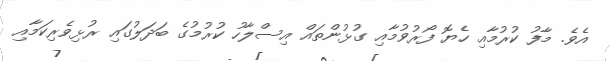
އެވެ. މާފު ކުރުމާއި ހެޔޮ ފޯރުވުމާއި ގުޅުންތައް އިސްލާހު ކުރުމުގެ ބަދަލުގައި ރުޅިވެރިކަމާއި